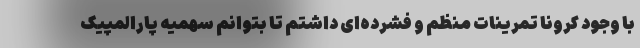
با وجود کرونا تمرینات منظم و فشرده‌ای داشتم تا بتوانم سهمیه پارالمپیک